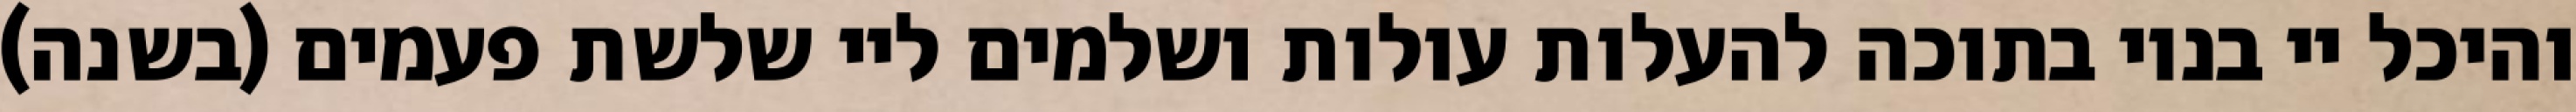
והיכל יי בנוי בתוכה להעלות עולות ושלמים ליי שלשת פעמים (בשנה)